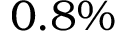
0 . 8 \%